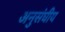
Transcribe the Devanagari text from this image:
अनुसंघीय